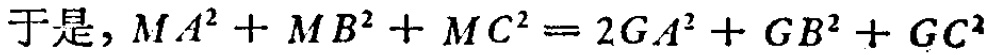
于是，\(MA^{2}+MB^{2}+MC^{2}=2GA^{2}+GB^{2}+GC^{2}\)